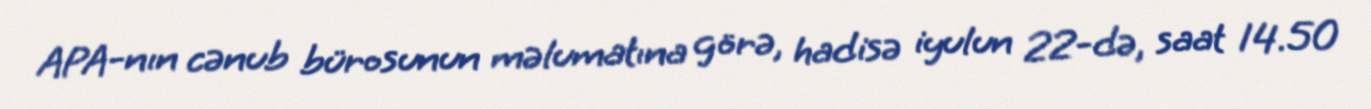
APA-nın cənub bürosunun məlumatına görə, hadisə iyulun 22-də, saat 14.50